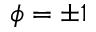
\phi = \pm 1